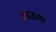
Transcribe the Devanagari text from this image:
काजल।